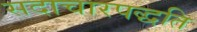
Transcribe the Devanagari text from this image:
सदाचारपद्धति